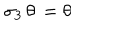
LaTeX: \sigma _ { 3 } \, \theta \, = \theta